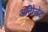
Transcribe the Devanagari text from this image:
अविोलेट